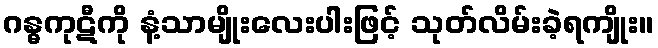
ဂန္ဓကုဋီကို နံ့သာမျိုးလေးပါးဖြင့် သုတ်လိမ်းခဲ့ရကျိုး။